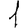
Digit: 1